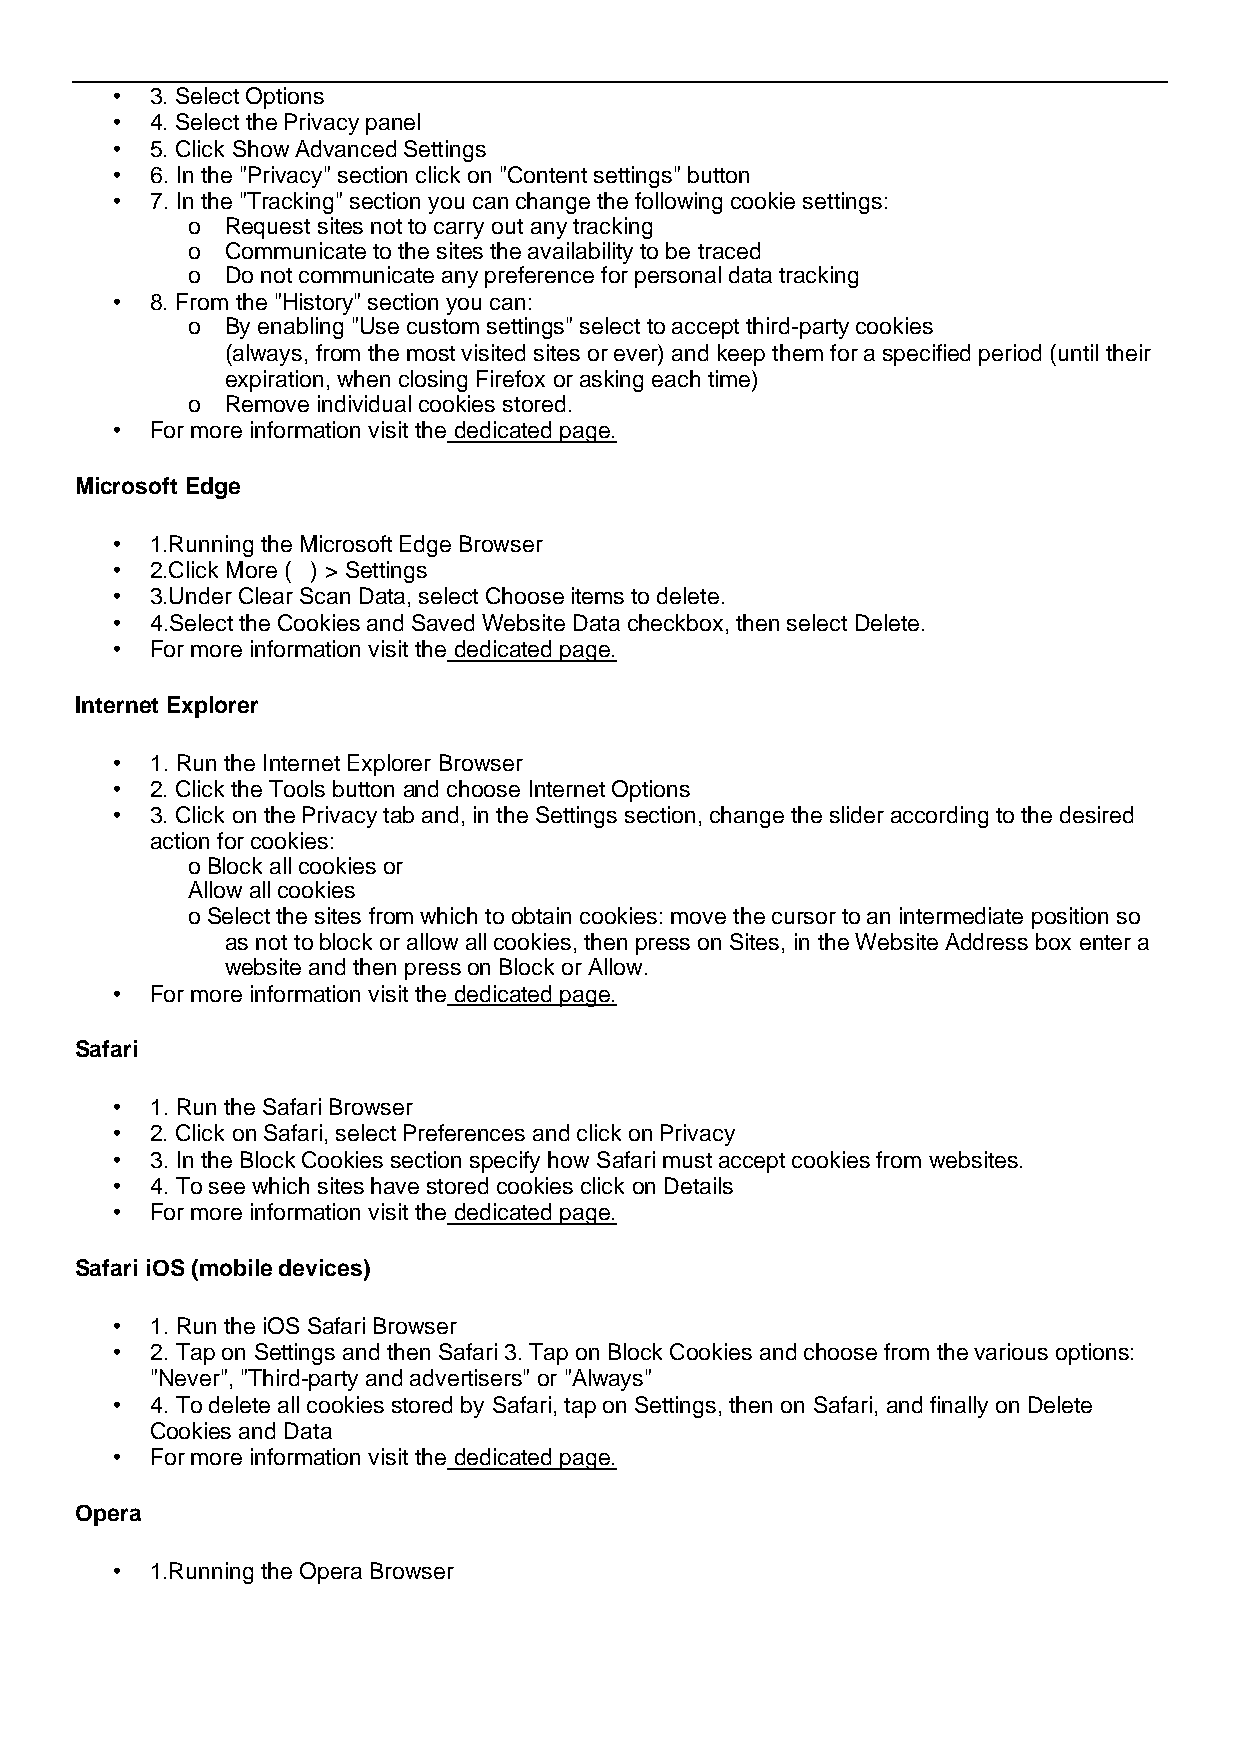
•  3. Select Options
 •  4. Select the Privacy panel
 •  5. Click Show Advanced Settings
 •  6. In the "Privacy" section click on "Content settings" button
 •  7. In the "Tracking" section you can change the following cookie settings:
 o  Request sites not to carry out any tracking
 o  Communicate to the sites the availability to be traced
 o  Do not communicate any preference for personal data tracking
 •  8. From the "History" section you can:
 o  By enabling "Use custom settings" select to accept third-party cookies
 (always, from the most visited sites or ever) and keep them for a specified period (until their
 expiration, when closing Firefox or asking each time)
 o  Remove individual cookies stored.
 •  For more information visit the dedicated page.
 Microsoft Edge
 •  1.Running the Microsoft Edge Browser
 •  2.Click More ( ) > Settings
 •  3.Under Clear Scan Data, select Choose items to delete.
 •  4.Select the Cookies and Saved Website Data checkbox, then select Delete.
 •  For more information visit the dedicated page.
 Internet Explorer
 •  1. Run the Internet Explorer Browser
 •  2. Click the Tools button and choose Internet Options
 •  3. Click on the Privacy tab and, in the Settings section, change the slider according to the desired
 action for cookies:
 o Block all cookies or
 Allow all cookies
 o Select the sites from which to obtain cookies: move the cursor to an intermediate position so
 as not to block or allow all cookies, then press on Sites, in the Website Address box enter a
 website and then press on Block or Allow.
 •  For more information visit the dedicated page.
 Safari
 •  1. Run the Safari Browser
 •  2. Click on Safari, select Preferences and click on Privacy
 •  3. In the Block Cookies section specify how Safari must accept cookies from websites.
 •  4. To see which sites have stored cookies click on Details
 •  For more information visit the dedicated page.
 Safari iOS (mobile devices)
 •  1. Run the iOS Safari Browser
 •  2. Tap on Settings and then Safari 3. Tap on Block Cookies and choose from the various options:
 "Never", "Third-party and advertisers" or "Always"
 •  4. To delete all cookies stored by Safari, tap on Settings, then on Safari, and finally on Delete
 Cookies and Data
 •  For more information visit the dedicated page.
 Opera
 •  1.Running the Opera Browser